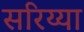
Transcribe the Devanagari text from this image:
सरिय्या